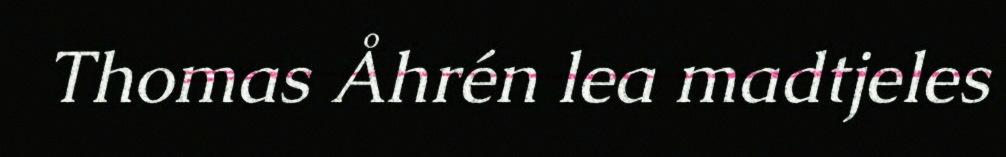
Thomas Åhrén lea madtjeles